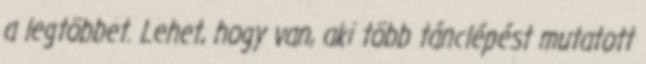
a legtöbbet. Lehet, hogy van, aki több tánclépést mutatott